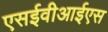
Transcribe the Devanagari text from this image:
एसईवीआईएस